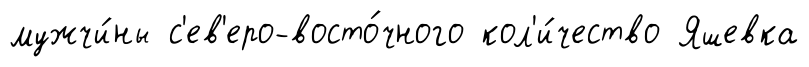
мужчи́ны с'ев'еро-восто́чного кол'и́чество Яшевка